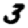
Digit: 3